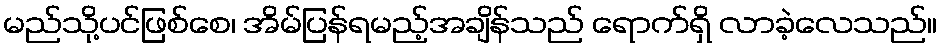
မည်သို့ပင်ဖြစ်စေ၊ အိမ်ပြန်ရမည့်အချိန်သည် ရောက်ရှိ လာခဲ့လေသည်။